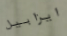
ايزابيل